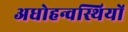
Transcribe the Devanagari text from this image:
अधोहन्वस्थियों